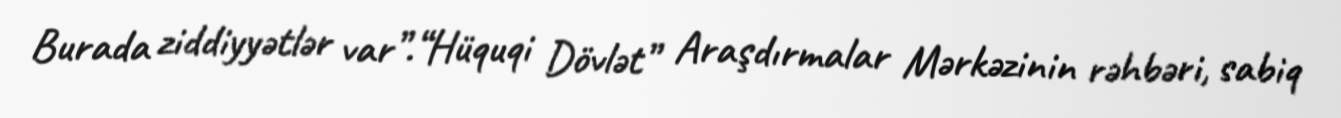
Burada ziddiyyətlər var”.“Hüquqi Dövlət” Araşdırmalar Mərkəzinin rəhbəri, sabiq